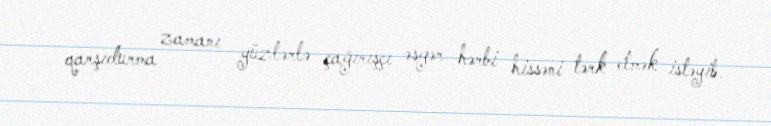
qarşıdurma zamanı yüzlərlə çağırışçı əsgər hərbi hissəni tərk etmək istəyib.